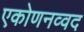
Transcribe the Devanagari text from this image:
एकोणनव्वद